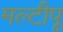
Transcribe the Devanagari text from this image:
मल्टीपू